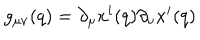
g _ { \mu \nu } ( q ) = \partial _ { \mu } x ^ { i } ( q ) \partial _ { \nu } x ^ { i } ( q )